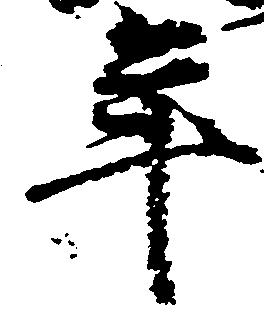
年